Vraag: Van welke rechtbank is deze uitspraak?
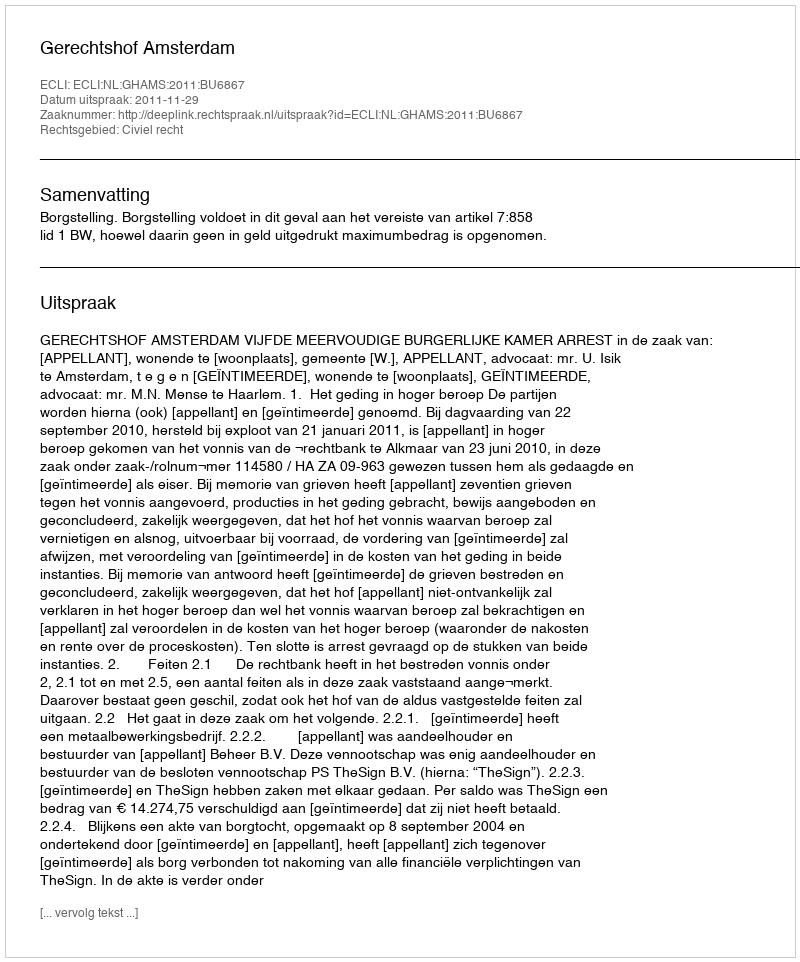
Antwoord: Gerechtshof Amsterdam